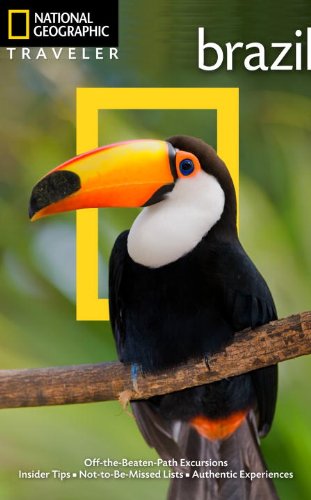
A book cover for National Geographic Traveler: Brazil; Bill Hinchberger; Travel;